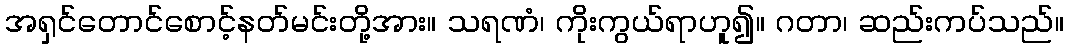
အရှင်တောင်စောင့်နတ်မင်းတို့အား။ သရဏံ၊ ကိုးကွယ်ရာဟူ၍။ ဂတာ၊ ဆည်းကပ်သည်။